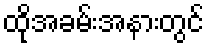
ထိုအခမ်းအနားတွင်